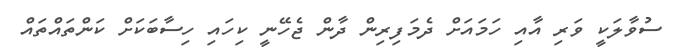
ސުވާލަކީ ވަރި އާއި ހަމައަށް ދެމަފިރިން ދާން ޖެހޭނީ ކިހައި ހިސާބަކަށް ކަންތައްތައް